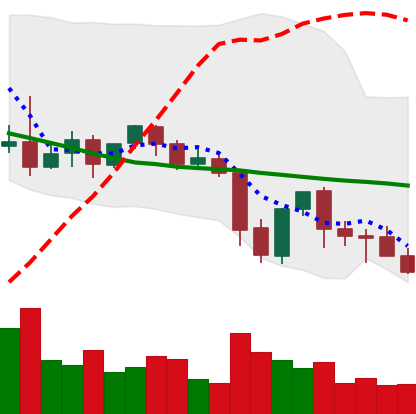
Ticker: XLM-USD
Chart end date: 2021-09-28
Forward return: 22.73%
Label: up_7plus